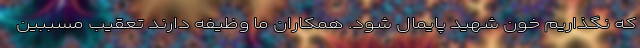
که نگذاریم خون شهید پایمال شود. همکاران ما وظیفه دارند تعقیب مسببین